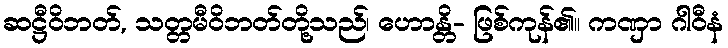
ဆဋ္ဌီဝိဘတ်, သတ္တမီဝိဘတ်တို့သည်၊ ဟောန္တိ- ဖြစ်ကုန်၏။ ကဏှာ ဂါဝီနံ